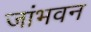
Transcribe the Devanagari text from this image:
जांभवन